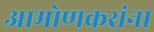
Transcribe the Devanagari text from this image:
आमोणकरांना